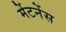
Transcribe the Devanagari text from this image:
मेंटनेंस